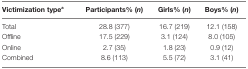
<table><thead><tr><td><b>Victimization type<sup>a</sup></b></td><td><b>Participants% (<i>n</i>)</b></td><td><b>Girls% (<i>n</i>)</b></td><td><b>Boys% (<i>n</i>)</b></td></tr></thead><tbody><tr><td>Total</td><td>28.8 (377)</td><td>16.7 (219)</td><td>12.1 (158)</td></tr><tr><td>Offline</td><td>17.5 (229)</td><td>3.1 (124)</td><td>8.0 (105)</td></tr><tr><td>Online</td><td>2.7 (35)</td><td>1.8 (23)</td><td>0.9 (12)</td></tr><tr><td>Combined</td><td>8.6 (113)</td><td>5.5 (72)</td><td>3.1 (41)</td></tr></tbody></table>